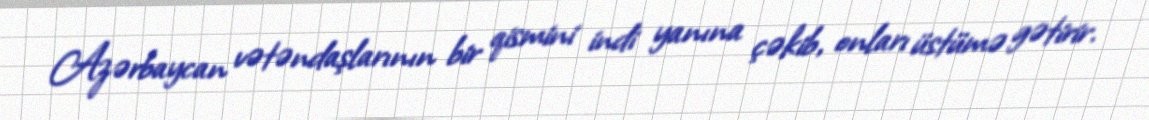
Azərbaycan vətəndaşlarının bir qismini indi yanına çəkib, onları üstümə gətirir.